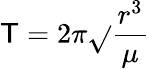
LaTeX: \mathsf{T}=2\pi{\sqrt{}{{\frac{{r^{3}}}{{\mu}}}}}